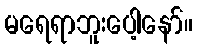
မရေရာဘူးပေါ့နော်။